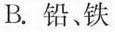
B.铅、铁